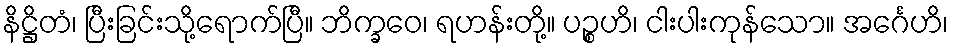
နိဋ္ဌိတံ၊ ပြီးခြင်းသို့ရောက်ပြီ။ ဘိက္ခဝေ၊ ရဟန်းတို့။ ပဉ္စဟိ၊ ငါးပါးကုန်သော။ အင်္ဂေဟိ၊